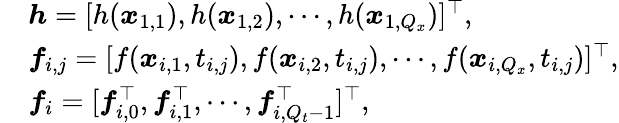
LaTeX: \begin{array}{rl}&{\boldsymbol{h}=[h(\boldsymbol{x}_{1,1}),h(\boldsymbol{x}_{1,2}),\cdots,h(\boldsymbol{x}_{1,Q_{x}})]^{\top},}\\ &{\boldsymbol{f}_{i,j}=[f(\boldsymbol{x}_{i,1},t_{i,j}),f(\boldsymbol{x}_{i,2},t_{i,j}),\cdots,f(\boldsymbol{x}_{i,Q_{x}},t_{i,j})]^{\top},}\\ &{\boldsymbol{f}_{i}=[\boldsymbol{f}_{i,0}^{\top},\boldsymbol{f}_{i,1}^{\top},\cdots,\boldsymbol{f}_{i,Q_{t}-1}^{\top}]^{\top},}\end{array}